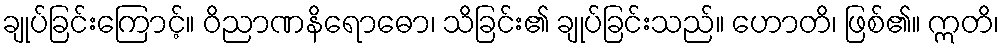
ချုပ်ခြင်းကြောင့်။ ဝိညာဏနိရောဓော၊ သိခြင်း၏ ချုပ်ခြင်းသည်။ ဟောတိ၊ ဖြစ်၏။ ဣတိ၊